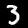
Digit: 3